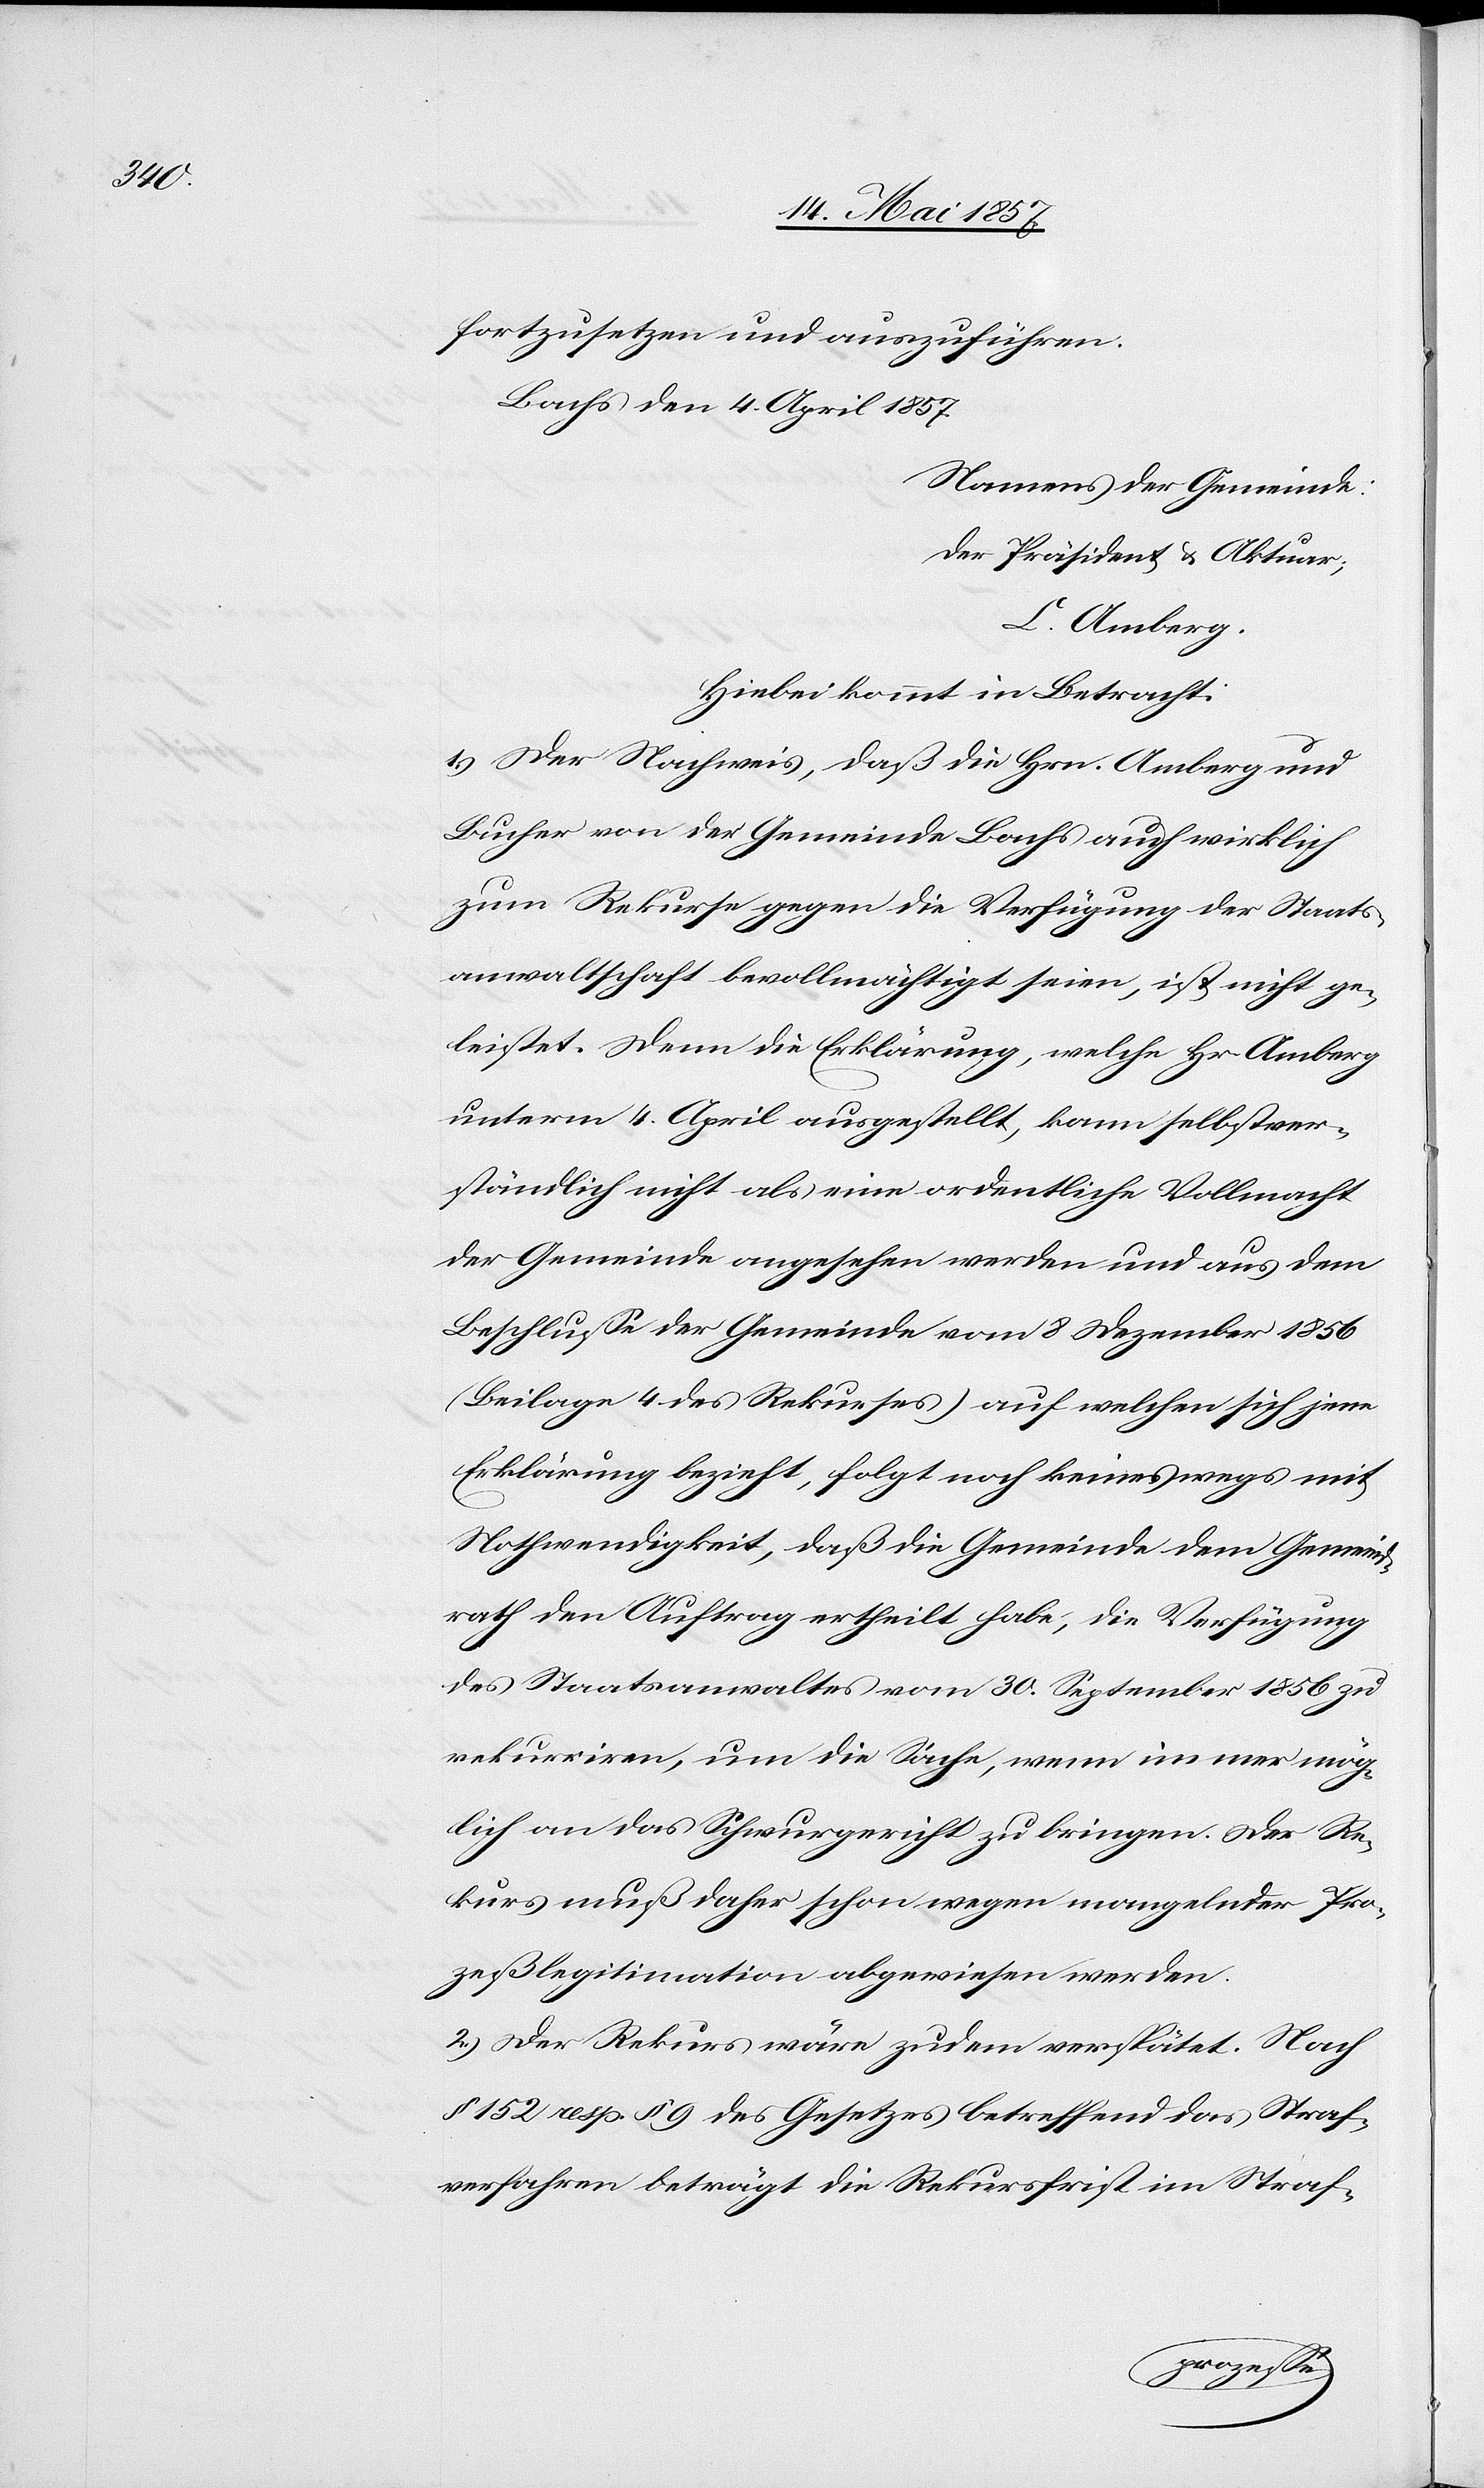
fortzusetzen und auszuführen.
Bachs den 4 April 1857.
Namens der Gemeinde:
Der Präsident & Aktuar;
C. Amberg.
Hiebei kommt in Betracht:
1.) Der Nachweis, daß die Hrn. Amberg und
Bucher von der Gemeinde Bachs auch wirklich
zum Rekurse gegen die Verfügung der Staats¬
anwaltschaft bevollmächtigt seien, ist nicht ge¬
leistet. Denn die Erklärung, welche Hr. Amberg
unterm 4 April ausgestellt, kann selbstver¬
ständlich nicht als eine ordentliche Vollmacht
der Gemeinde angesehen werden und aus dem
Beschlusse der Gemeinde vom 8 Dezember 1856
(Beilage 4 des Rekurses) auf welchen sich jene
Erklärung bezieht, folgt noch keineswegs mit
Nothwendigkeit, daß die Gemeinde dem Gemeind¬
rath den Auftrag ertheilt habe, die Verfügung
des Staatsanwaltes vom 30 September 1856 zu
rekurriren, um die Sache, wenn immer mög¬
lich an das Schwurgericht zu bringen. Der Re¬
kurs muß daher schon wegen mangelnder Pro¬
zeßlegitimation abgewiesen werden.
2.) Der Rekurs wäre zudem verspätet. Nach
§ 152 resp. § 9 des Gesetzes betreffend das Straf¬
verfahren beträgt die Rekursfrist im Straf-